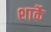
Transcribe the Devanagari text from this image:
शार्के